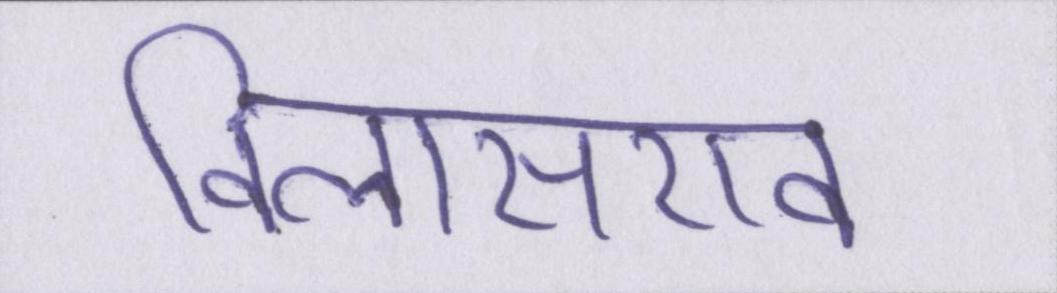
विलासराव